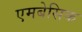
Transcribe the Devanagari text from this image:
एमबेसिक